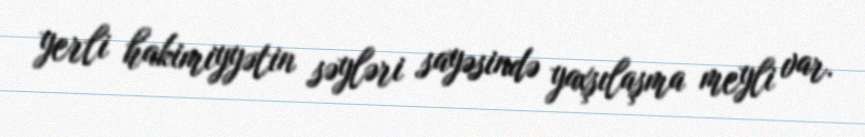
yerli hakimiyyətin səyləri sayəsində yaxşılaşma meyli var.